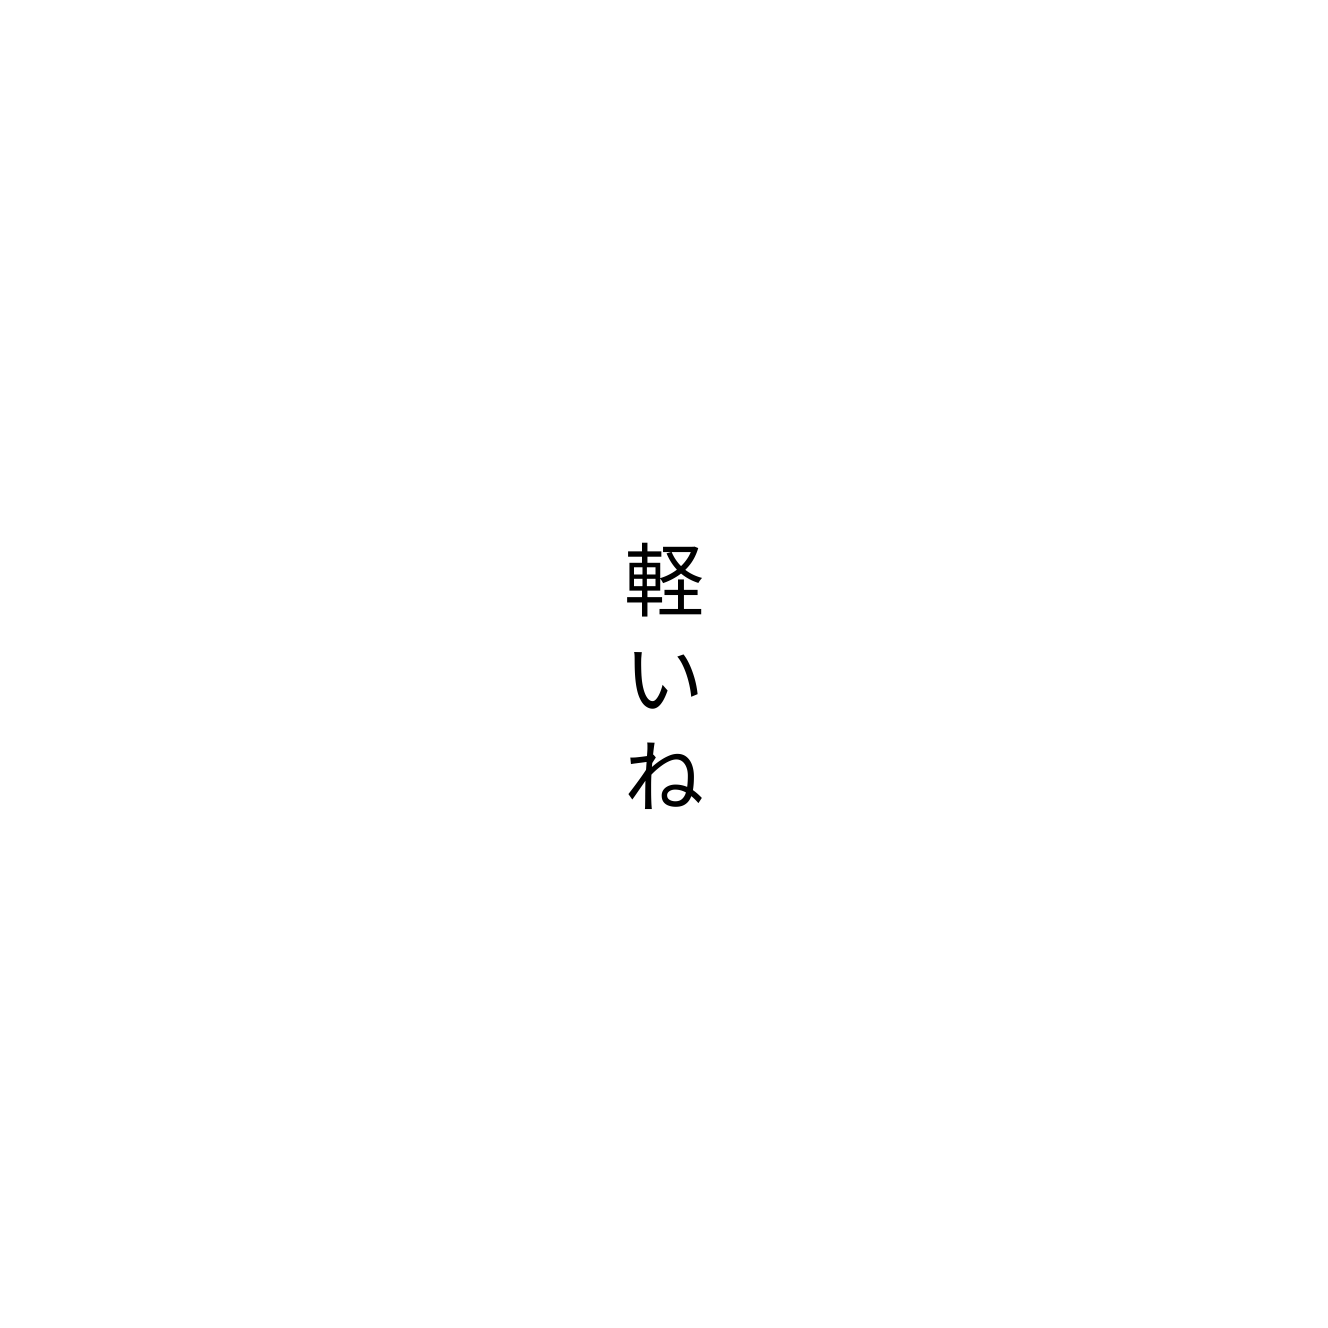
軽いね